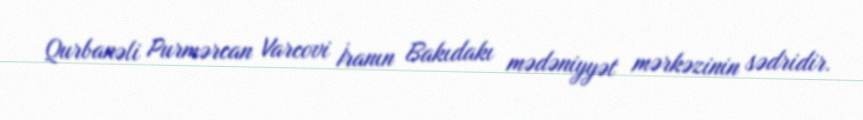
Qurbanəli Purmərcan Varcovi İranın Bakıdakı mədəniyyət mərkəzinin sədridir.